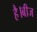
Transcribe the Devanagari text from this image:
है।बीज